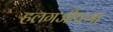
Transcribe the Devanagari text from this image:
हलगर्जीपणा